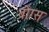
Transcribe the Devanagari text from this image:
बोंग्स